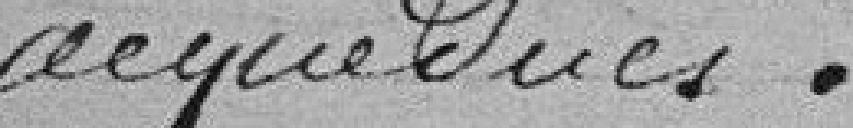
aqueducs